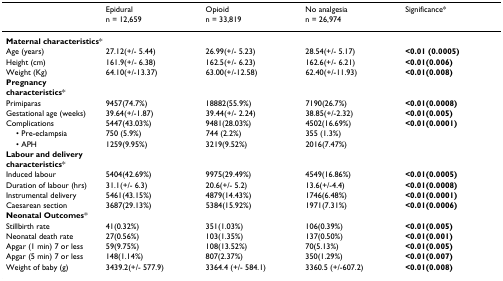
<table><thead><tr><td></td><td><b>Epidural</b></td><td><b>Opioid</b></td><td><b>No analgesia</b></td><td><b>Significance*</b></td></tr><tr><td></td><td><b>n = 12,659</b></td><td><b>n = 33,819</b></td><td><b>n = 26,974</b></td><td></td></tr></thead><tbody><tr><td colspan="5"><b>Maternal characteristics</b>*</td></tr><tr><td>Age (years)</td><td>27.12(+/- 5.44)</td><td>26.99(+/- 5.23)</td><td>28.54(+/- 5.17)</td><td><b>&lt;0.01 (0.0005)</b></td></tr><tr><td>Height (cm)</td><td>161.9(+/- 6.38)</td><td>162.5(+/- 6.23)</td><td>162.6(+/- 6.21)</td><td><b>&lt;0.01(0.006)</b></td></tr><tr><td>Weight (Kg)</td><td>64.10(+/-13.37)</td><td>63.00(+/-12.58)</td><td>62.40(+/-11.93)</td><td><b>&lt;0.01(0.008)</b></td></tr><tr><td colspan="5"><b>Pregnancy</b></td></tr><tr><td colspan="5"><b>characteristics</b>*</td></tr><tr><td>Primiparas</td><td>9457(74.7%)</td><td>18882(55.9%)</td><td>7190(26.7%)</td><td><b>&lt;0.01(0.0008)</b></td></tr><tr><td>Gestational age (weeks)</td><td>39.64(+/-1.87)</td><td>39.44(+/- 2.24)</td><td>38.85(+/-2.32)</td><td><b>&lt;0.01(0.005)</b></td></tr><tr><td>Complications</td><td>5447(43.03%)</td><td>9481(28.03%)</td><td>4502(16.69%)</td><td><b>&lt;0.01(0.0001)</b></td></tr><tr><td> • Pre-eclampsia</td><td>750 (5.9%)</td><td>744 (2.2%)</td><td>355 (1.3%)</td><td></td></tr><tr><td> • APH</td><td>1259(9.95%)</td><td>3219(9.52%)</td><td>2016(7.47%)</td><td></td></tr><tr><td colspan="5"><b>Labour and delivery</b></td></tr><tr><td colspan="5"><b>characteristics</b>*</td></tr><tr><td>Induced labour</td><td>5404(42.69%)</td><td>9975(29.49%)</td><td>4549(16.86%)</td><td><b>&lt;0.01(0.0005)</b></td></tr><tr><td>Duration of labour (hrs)</td><td>31.1(+/- 6.3)</td><td>20.6(+/- 5.2)</td><td>13.6(+/-4.4)</td><td><b>&lt;0.01(0.0008)</b></td></tr><tr><td>Instrumental delivery</td><td>5461(43.15%)</td><td>4879(14.43%)</td><td>1746(6.48%)</td><td><b>&lt;0.01(0.0001)</b></td></tr><tr><td>Caesarean section</td><td>3687(29.13%)</td><td>5384(15.92%)</td><td>1971(7.31%)</td><td><b>&lt;0.01(0.0006)</b></td></tr><tr><td colspan="5"><b>Neonatal Outcomes</b>*</td></tr><tr><td>Stillbirth rate</td><td>41(0.32%)</td><td>351(1.03%)</td><td>106(0.39%)</td><td><b>&lt;0.01(0.005)</b></td></tr><tr><td>Neonatal death rate</td><td>27(0.56%)</td><td>103(1.35%)</td><td>137(0.50%)</td><td><b>&lt;0.01(0.001)</b></td></tr><tr><td>Apgar (1 min) 7 or less</td><td>59(9.75%)</td><td>108(13.52%)</td><td>70(5.13%)</td><td><b>&lt;0.01(0.005)</b></td></tr><tr><td>Apgar (5 min) 7 or less</td><td>148(1.14%)</td><td>807(2.37%)</td><td>350(1.29%)</td><td><b>&lt;0.01(0.007)</b></td></tr><tr><td>Weight of baby (g)</td><td>3439.2(+/- 577.9)</td><td>3364.4 (+/- 584.1)</td><td>3360.5 (+/-607.2)</td><td><b>&lt;0.01(0.008)</b></td></tr></tbody></table>